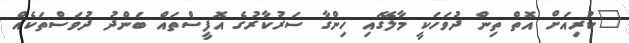
"ކުރިއަށް އޮތް ތިން ދުވަހަކީ މާލޭގައި ހިންގާ ސަރުކާރުގެ އޮފީސްތައް ބަންދު ދުވަސްތަކެއް